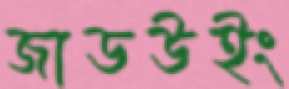
জাডউইং